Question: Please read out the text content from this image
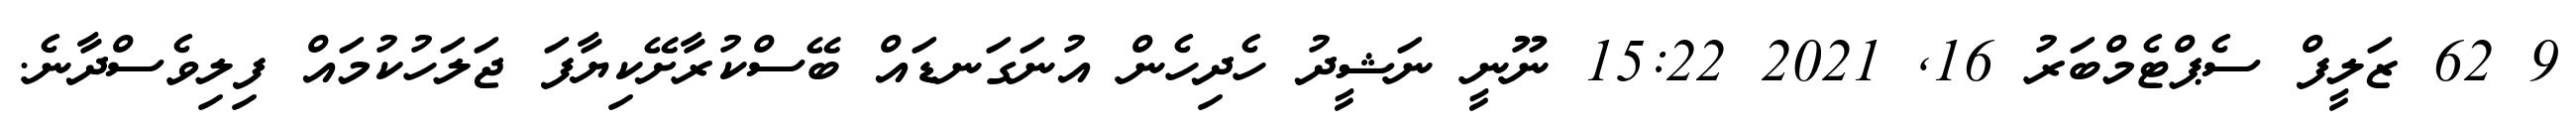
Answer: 9 62 ޒަލީފް ސެޕްޓެމްބަރު 16, 2021 15:22 ނޫނީ ނަޝީދު ހެދިހެން އުނަގަނޑައް ބޭސްކުރާށޭކިޔާފަ ޖަލަހުކުމައް ފިލިވެސްދާނެ.